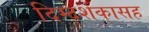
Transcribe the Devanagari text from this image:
दिग्दर्शकासह